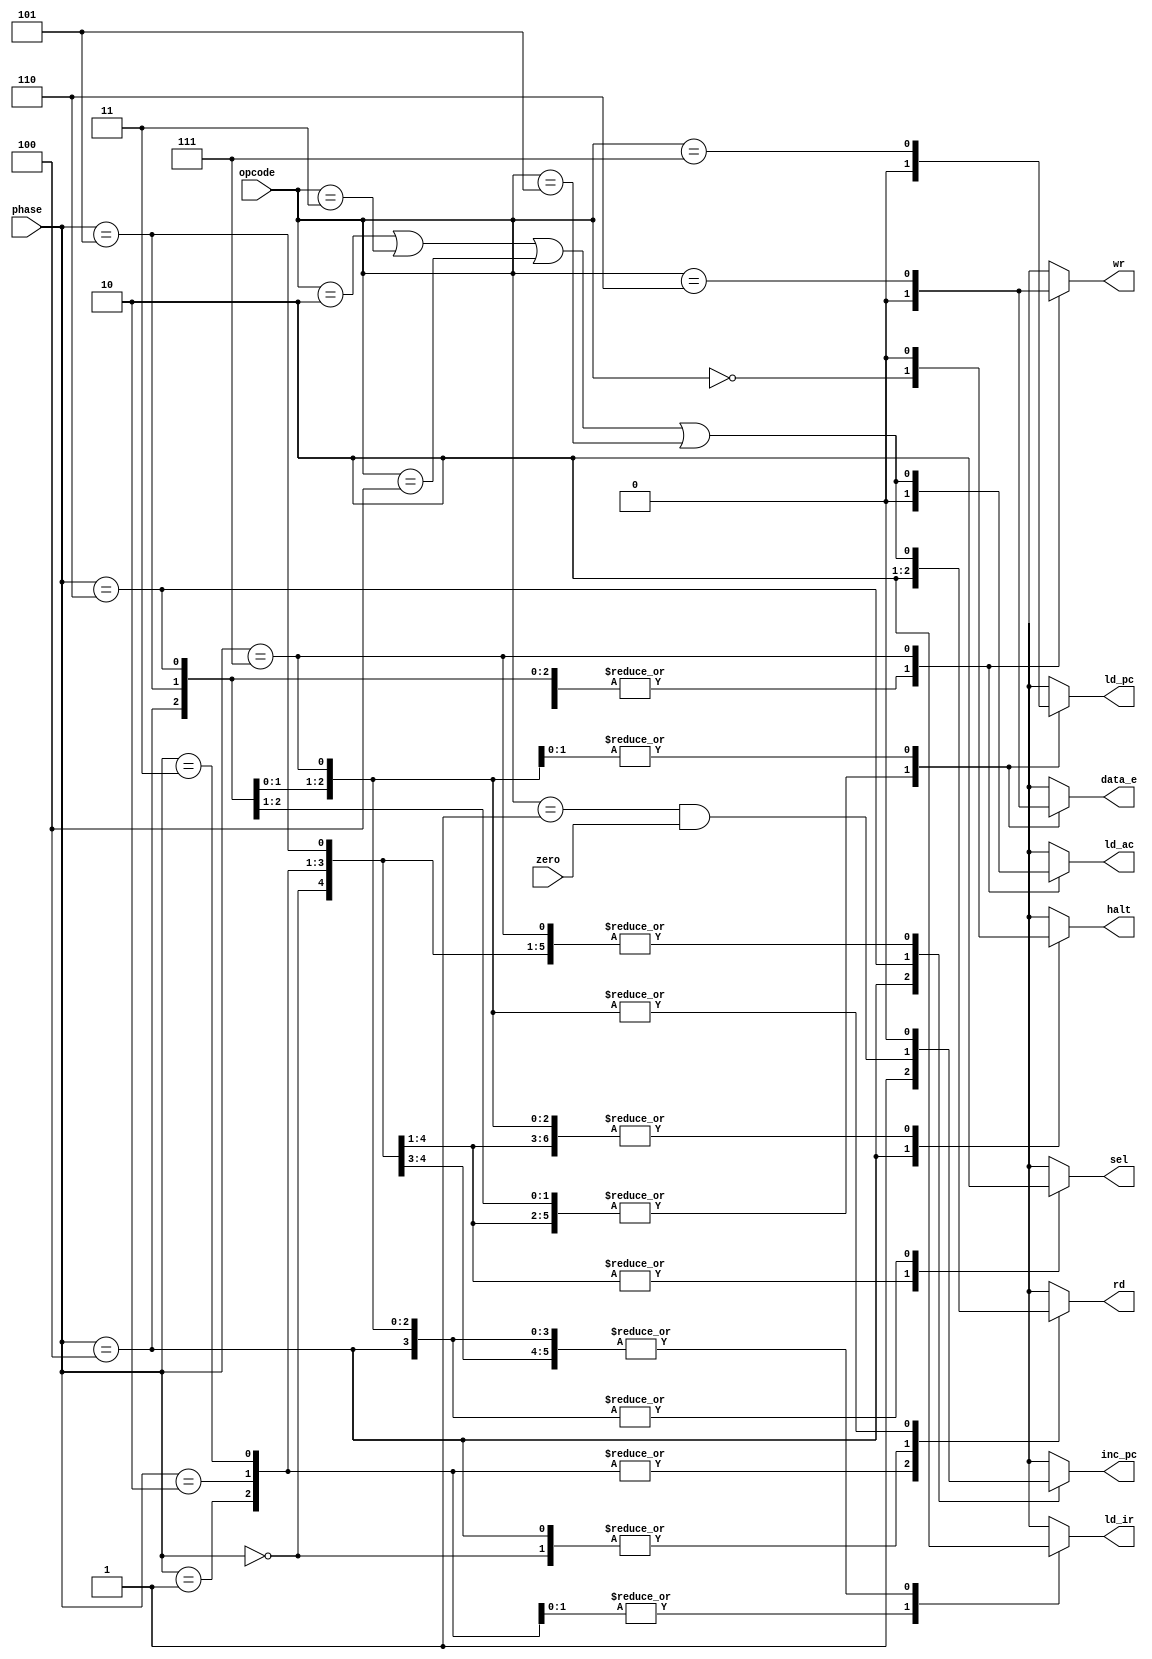
module controller (
	input wire zero,
	input wire [2:0] phase,
	input wire [2:0] opcode,
	output reg sel,
	output reg rd,
	output reg ld_ir,
	output reg halt,
	output reg inc_pc,
	output reg ld_ac,
	output reg ld_pc,
	output reg wr,
	output reg data_e
);

	localparam [2:0] OP_HLT = 3'b000;
	localparam [2:0] OP_SKZ = 3'b001;
	localparam [2:0] OP_ADD = 3'b010;
	localparam [2:0] OP_AND = 3'b011;
	localparam [2:0] OP_XOR = 3'b100;
	localparam [2:0] OP_LDA = 3'b101;
	localparam [2:0] OP_STO = 3'b110;
	localparam [2:0] OP_JMP = 3'b111;

	localparam [2:0] PHASE_INST_ADDR 	= 3'b000;
	localparam [2:0] PHASE_INST_FETCH 	= 3'b001;
	localparam [2:0] PHASE_INST_LOAD 	= 3'b010;
	localparam [2:0] PHASE_IDLE 		= 3'b011;
	localparam [2:0] PHASE_OP_ADDR 		= 3'b100;
	localparam [2:0] PHASE_OP_FETCH 	= 3'b101;
	localparam [2:0] PHASE_OP_ALU_OP 	= 3'b110;
	localparam [2:0] PHASE_STORE 		= 3'b111;

	reg H, A, Z, J, S;

	always @* begin
		H = (opcode == OP_HLT);
		A = (opcode == OP_ADD) || (opcode == OP_AND) || (opcode == OP_XOR) || (opcode == OP_LDA);
		Z = (opcode == OP_SKZ && zero);
		J = (opcode == OP_JMP);
		S = (opcode == OP_STO);

		case (phase)
			PHASE_INST_ADDR: 	begin sel = 1; rd = 0; ld_ir = 0; halt = 0; inc_pc = 0; ld_ac = 0; ld_pc = 0; wr = 0; data_e = 0; end
			PHASE_INST_FETCH: 	begin sel = 1; rd = 1; ld_ir = 0; halt = 0; inc_pc = 0; ld_ac = 0; ld_pc = 0; wr = 0; data_e = 0; end
			PHASE_INST_LOAD: 	begin sel = 1; rd = 1; ld_ir = 1; halt = 0; inc_pc = 0; ld_ac = 0; ld_pc = 0; wr = 0; data_e = 0; end
			PHASE_IDLE: 		begin sel = 1; rd = 1; ld_ir = 1; halt = 0; inc_pc = 0; ld_ac = 0; ld_pc = 0; wr = 0; data_e = 0; end
			PHASE_OP_ADDR: 		begin sel = 0; rd = 0; ld_ir = 0; halt = H; inc_pc = 1; ld_ac = 0; ld_pc = 0; wr = 0; data_e = 0; end
			PHASE_OP_FETCH: 	begin sel = 0; rd = A; ld_ir = 0; halt = 0; inc_pc = 0; ld_ac = 0; ld_pc = 0; wr = 0; data_e = 0; end
			PHASE_OP_ALU_OP: 	begin sel = 0; rd = A; ld_ir = 0; halt = 0; inc_pc = Z; ld_ac = 0; ld_pc = J; wr = 0; data_e = S; end
			PHASE_STORE: 		begin sel = 0; rd = A; ld_ir = 0; halt = 0; inc_pc = 0; ld_ac = A; ld_pc = J; wr = S; data_e = S; end
		endcase
	end

endmodule